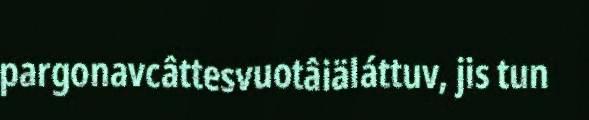
pargonavcâttesvuotâiäláttuv, jis tun